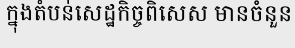
ក្នុងតំបន់សេដ្ឋកិច្ចពិសេស មានចំនួន